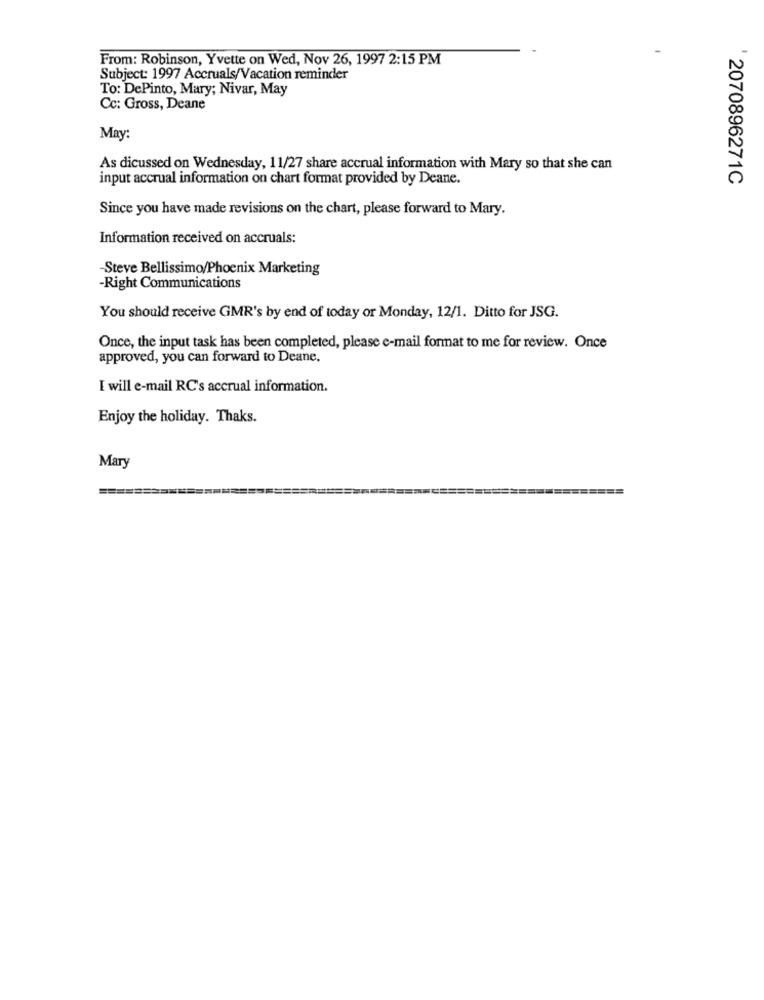
From: Robinson, Yvette on Wed, Nov 26, 1997 2:15 PM
Subject: 1997 Accruals/Vacation reminder
To: DePinto, Mary; Nivar, May
Cc: Gross, Deane
May:
As dicussed on Wednesday, 11/27 share accrual information with Mary so that she can
input accrual information on chart format provided by Deane.
2070896271C
Since you have made revisions on the chart, please forward to Mary.
Information received on accruals:
Steve Bellissimo/Phoenix Marketing
-Right Communications
You should receive GMR's by end of today or Monday, 12/1. Ditto for JSG.
Once, the input task has been completed, please e-mail format to me for review. Once
approved, you can forward to Deane.
I will e-mail RC's accrual information.
Enjoy the holiday. Thaks.
Mary